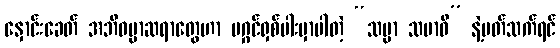
နှောင်းခေတ် အဘိဓမ္မာဆရာတွေဟာ မဂ္ဂင်ရှစ်ပါးမှာပါတဲ့ “သမ္မာ သမာဓိ” နဲ့ပတ်သက်ရင်